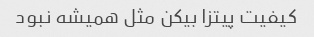
کیفیت پیتزا بیکن مثل همیشه نبود